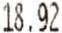
18.92